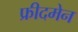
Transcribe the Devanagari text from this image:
फ्रीदमेन